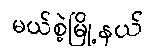
မယ်စဲ့မြို့နယ်